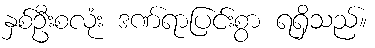
နှစ်ဦးစလုံး ဒဏ်ရာပြင်းစွာ ရရှိသည်။